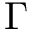
\Gamma